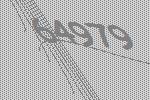
64979